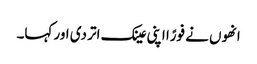
انھوں نے فورًا اپنی عینک اتر دی اور کہا۔